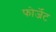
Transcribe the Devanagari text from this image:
फोर्जेट